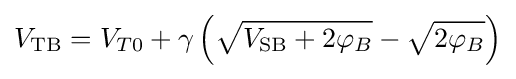
V_{\text{TB}}=V_{T0}+\gamma \left({\sqrt {V_{\text{SB}}+2\varphi _{B}}}-{\sqrt {2\varphi _{B}}}\right)